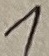
Text: 1